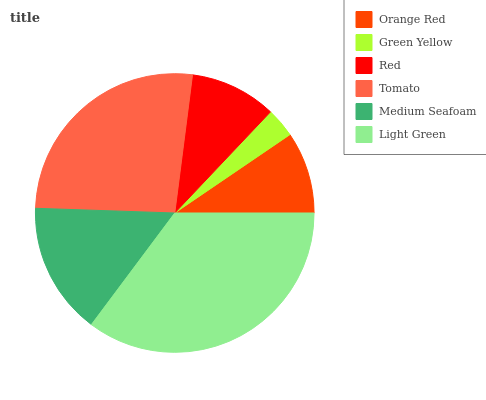
| Orange Red | Green Yellow | Red | Tomato | Medium Seafoam | Light Green |
 | --- | --- | --- | --- | --- | --- |
 | 9.53% | 3.43% | 10% | 26.4% | 15.3% | 35.2% |